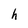
Character: h